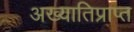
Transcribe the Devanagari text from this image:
अख्यातिप्राप्त